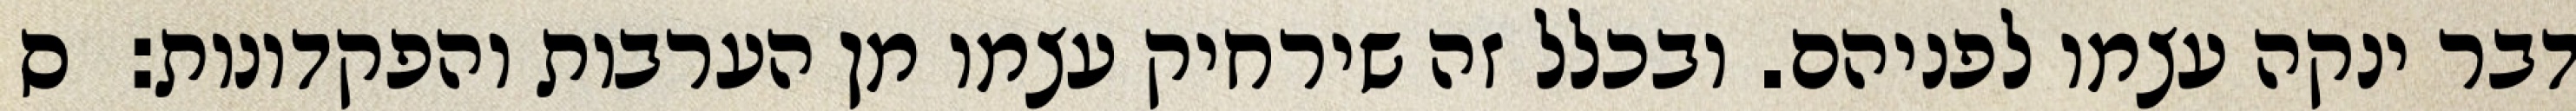
דבר ינקה עצמו לפניהם. ובכלל זה שירחיק עצמו מן הערבות והפקדונות:  ס